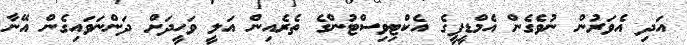
އަދި އެވަރުން ނުވެގެން އެމްޑީޕީގެ އެކްޓިވިސްޓުންގެ ތެރެއިން އަލީ ވަހީދަށް ދަންނަވައިގެން އޭނާ